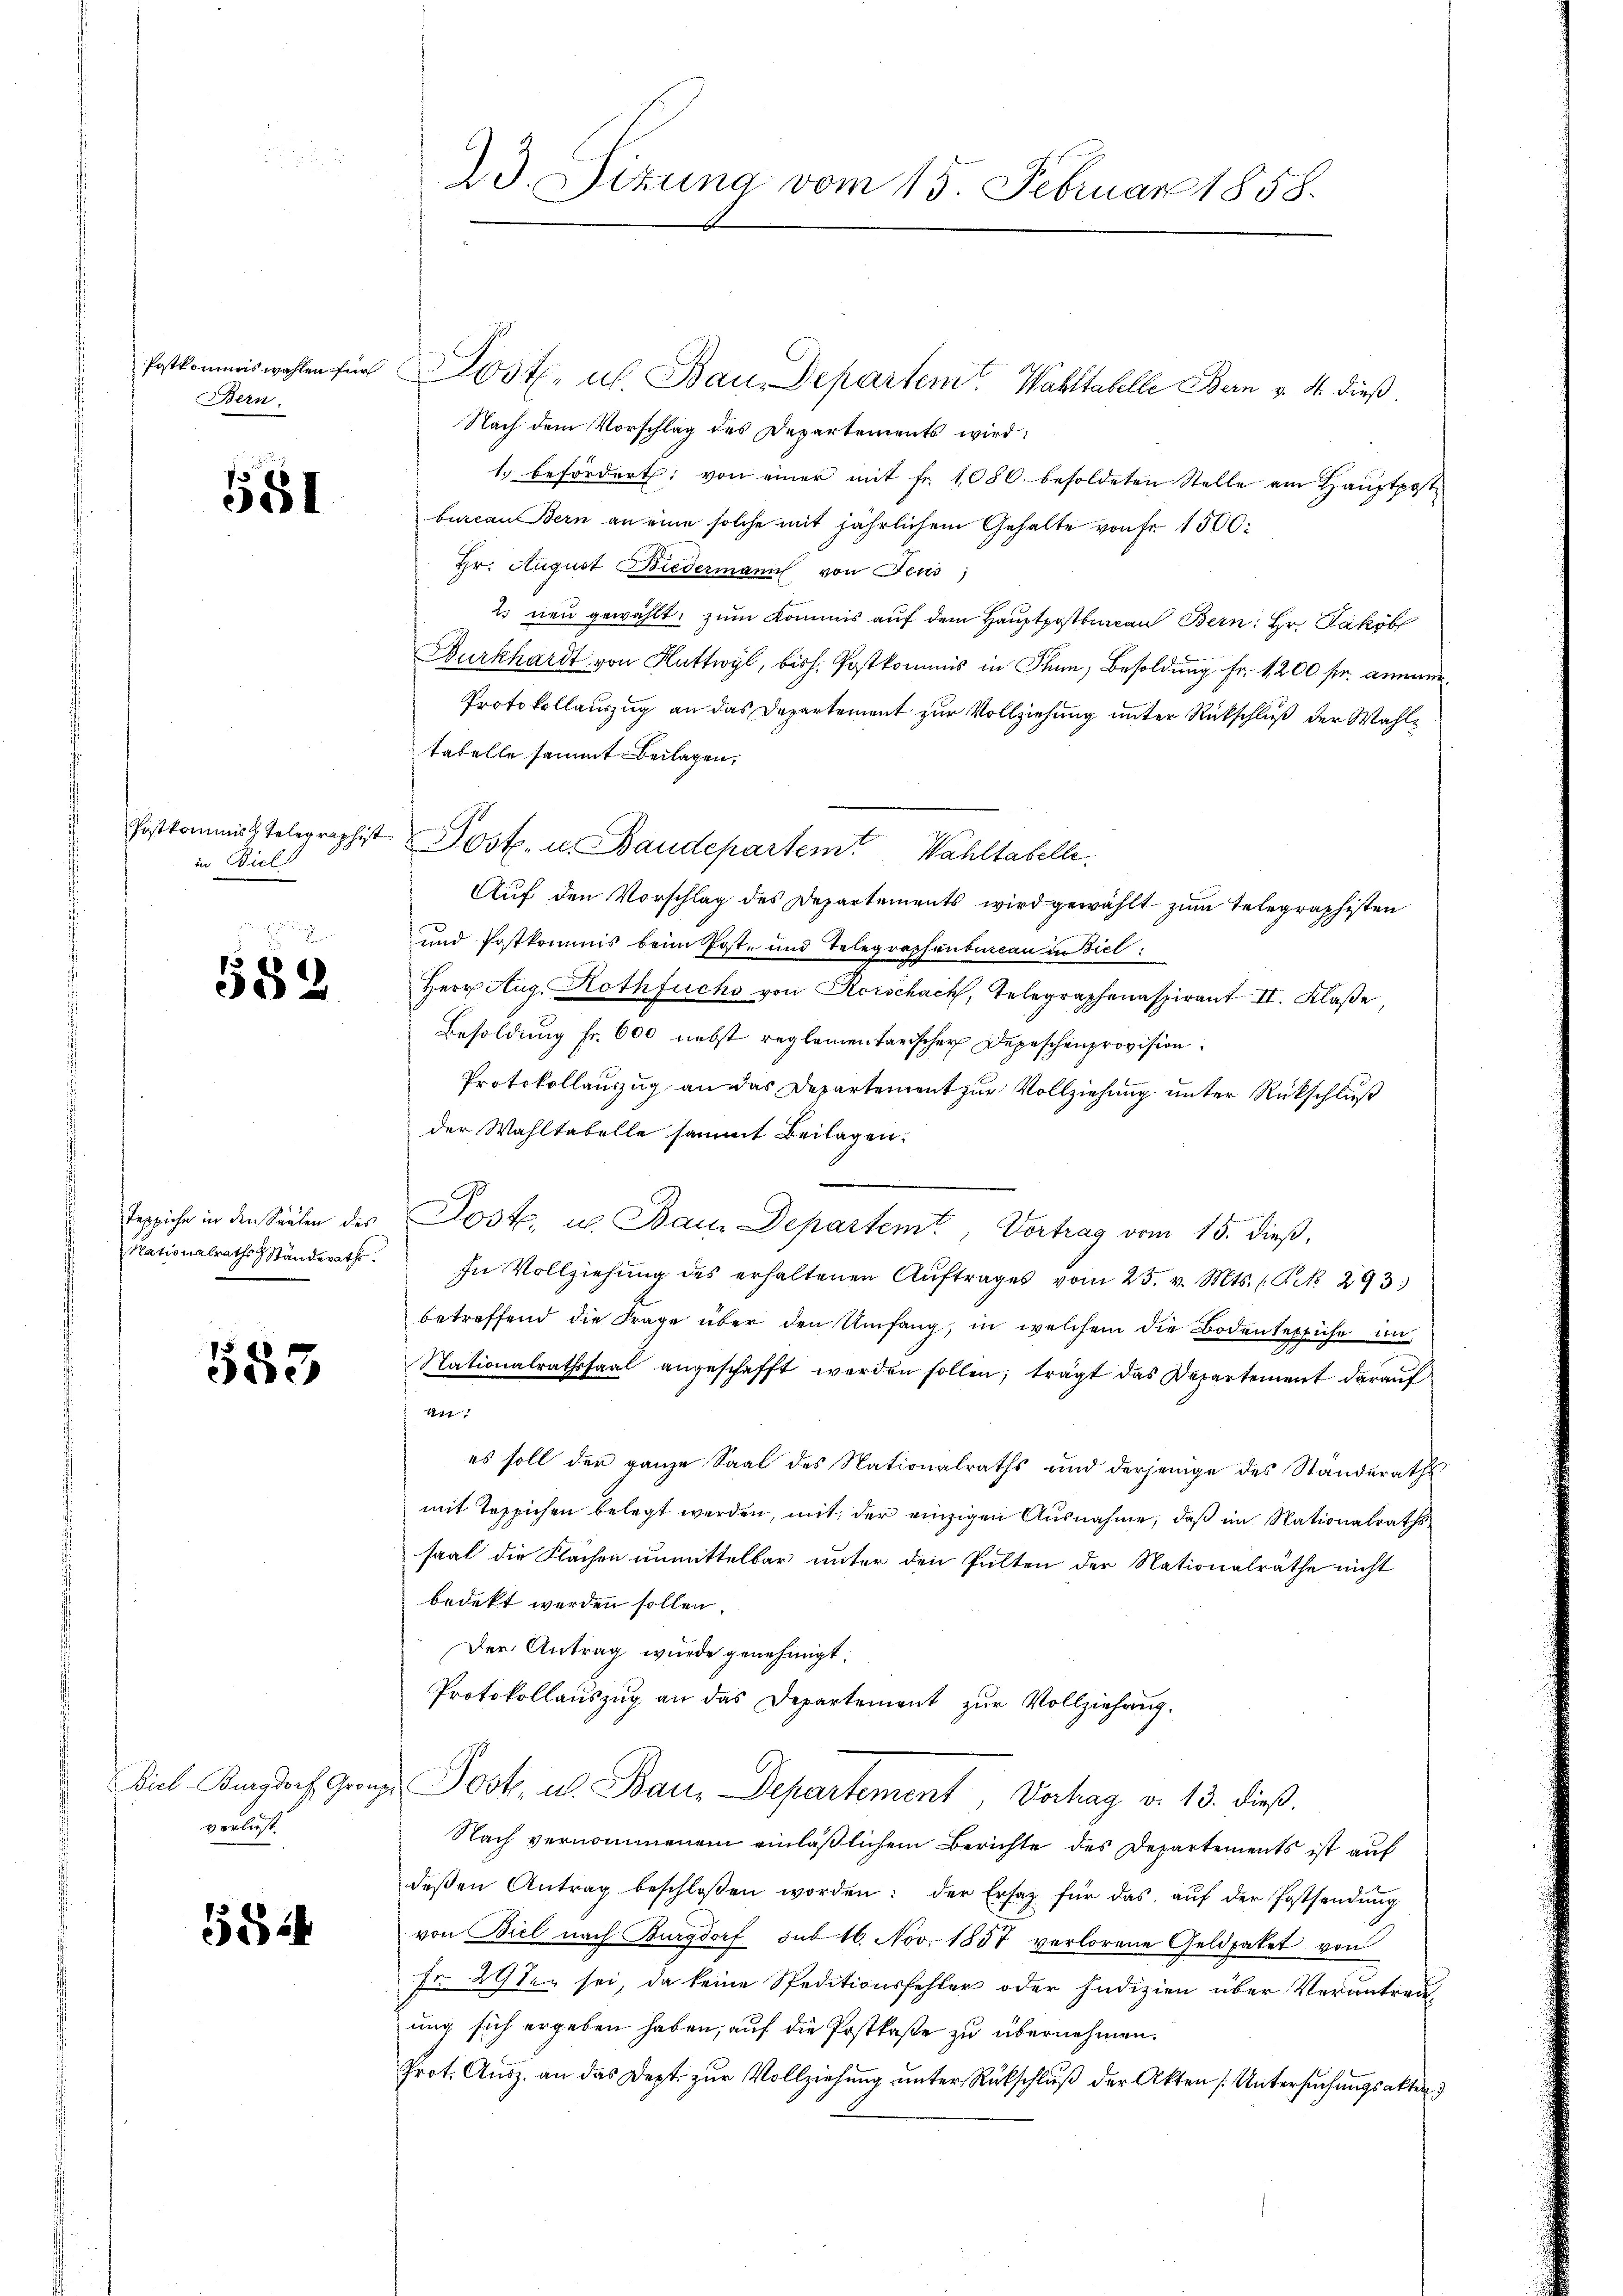
Bern.

581

in Biels

582

Teppiche in den Säälen des
Nationalraths Ständeraths.

553

verliest.

5824

43. Sizung vom 15. Februar 1858.

Postkommiswahlen für öste, u. Bau Departem Wohltabelle Bern v. 4. dieß.
Nach dem Vorschlag des Departements wird:
1. befördert von einer mit fr. 1080 besoldeten Stelle am Hauptpost
bureau Bern an eine solche mit jährlichem Gehalte von Fr. 1500.
Hr. August Biedermann von Feus
2 neu gewählt, zum Kommis auf dem Hauptpostburcan Bern: Hr. Jakob
Burkhardt von Rattwyl, bish. Postkommis in Thun, Besoldung fr. 1200 fr. anme
Protokollauszug an das Departement zur Vollziehung unter Rückschluß der Wahltabelle sammt Beilagen,
Postkommnis Telegraphist Post- u. Baudepartem Wahltabelle.
Auf den Vorschlag des Departements wird gewählt zum Telegraphisten
und Postkommis beim Poste und Telegraphenbureau in Biel
Herr Aug. Rothfuchs von Korschach, Telegraphenaspirant II. Klaße,
Besoldung fr. 600 nebst reglementarischer Depeschenprovision.
Protokollauszug an das Departement zur Vollziehung unter Rückschluß
der Wahltabelle sammt Beilagen.
Jost, u. Bam. Departemt, Vortrag vom 15. dieß,
In Vollziehŭng des erhaltenen Aŭftrages vom 25. v. Mts. (Rek 293.
betreffend die Frage über den Umfang, in welchem die Bodenteppiche in
Stationalrathssaal angeschafft werden sollen, trägt das Departement darauf
141
es soll der ganze Saal des Nationalraths und derjenige des Standeraths
mit Teppichen belegt werden, mit der einzigen Ausnahme, daß im Nationalraths
saal die Flächen unmittelbar unter den Pulten der Nationalräthe nicht
bedekt werden sollen.
Der Antrag wurde genehmigt.
Protokollaŭszŭg an das Departement zŭr Vollziehung.
Diel Kurzdoch Granz Post, u. Baue Departement Verhag v. 13. dieß.
Nach vernommenem einläßlichem Berichte des Departements ist auf
deβen Antrag beschloßen worden: der Ersatz für das aŭf der Postsendŭng
von Biel nach Burgdorf sub 16. Nov. 1857 verlorene Geldpaket von
Fr. 29ten sei, da keine Speditionsfehler oder Indizien über Verantragung sich ergeben haben, auf die Postkaste zu übernehmen.
Prot. Aŭsz. an das Dept. zŭr Vollziehŭng ŭnter Rückschlŭβ der Akten Untersŭchŭngsakter